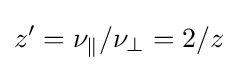
z'=\nu _{\parallel }/\nu _{\perp }=2/z